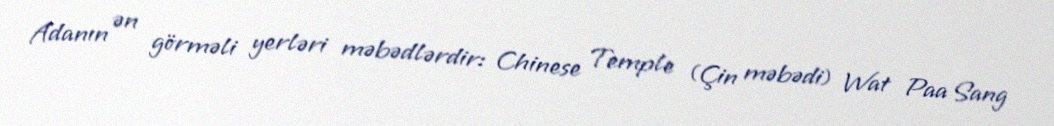
Adanın ən görməli yerləri məbədlərdir: Chinese Temple (Çin məbədi) Wat Paa Sang